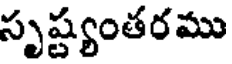
సృష్ట్యంతరము